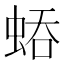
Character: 𧌀